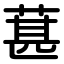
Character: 葚